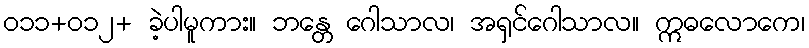
ဝ၁၁+ဝ၁၂+ ခဲ့ပါမူကား။ ဘန္တေ ဂေါသာလ၊ အရှင်ဂေါသာလ။ ဣဓလောကေ၊